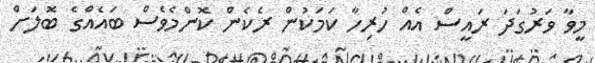
މީވާ ވަރުގަދަ ރައީސް އެއް ހުރިހާ ކަމަކުން ރެކެން ކޮންމެވެސް ބައެއްގެ ބޮލަށް